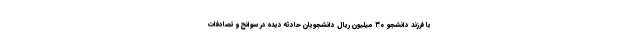
یا فرزند دانشجو ۳۰ میلیون ریال دانشجویان حادثه دیده در سوانح و تصادفات